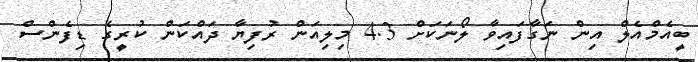
ބީއެމްއެލް އިން ނަގާފައިވާ ލޯނަކަށް 4.3 މިލިއަން ރުފިޔާ ދައްކަން ކުރީގެ ޑިފެންސް